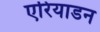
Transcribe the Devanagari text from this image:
एरियाडन